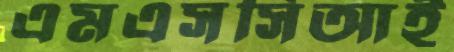
এমএসসিআই